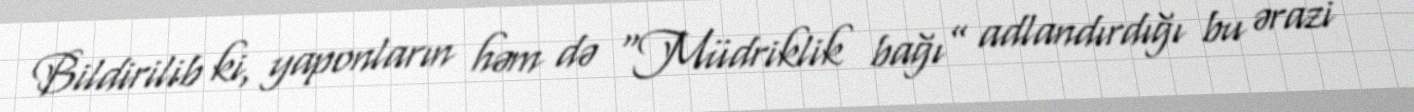
Bildirilib ki, yaponların həm də “Müdriklik bağı” adlandırdığı bu ərazi